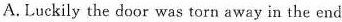
A. Luckily the door was torn away in the end